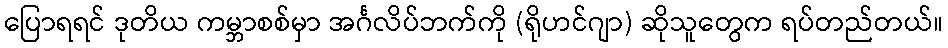
ပြောရရင် ဒုတိယ ကမ္ဘာစစ်မှာ အင်္ဂလိပ်ဘက်ကို (ရိုဟင်ဂျာ) ဆိုသူတွေက ရပ်တည်တယ်။